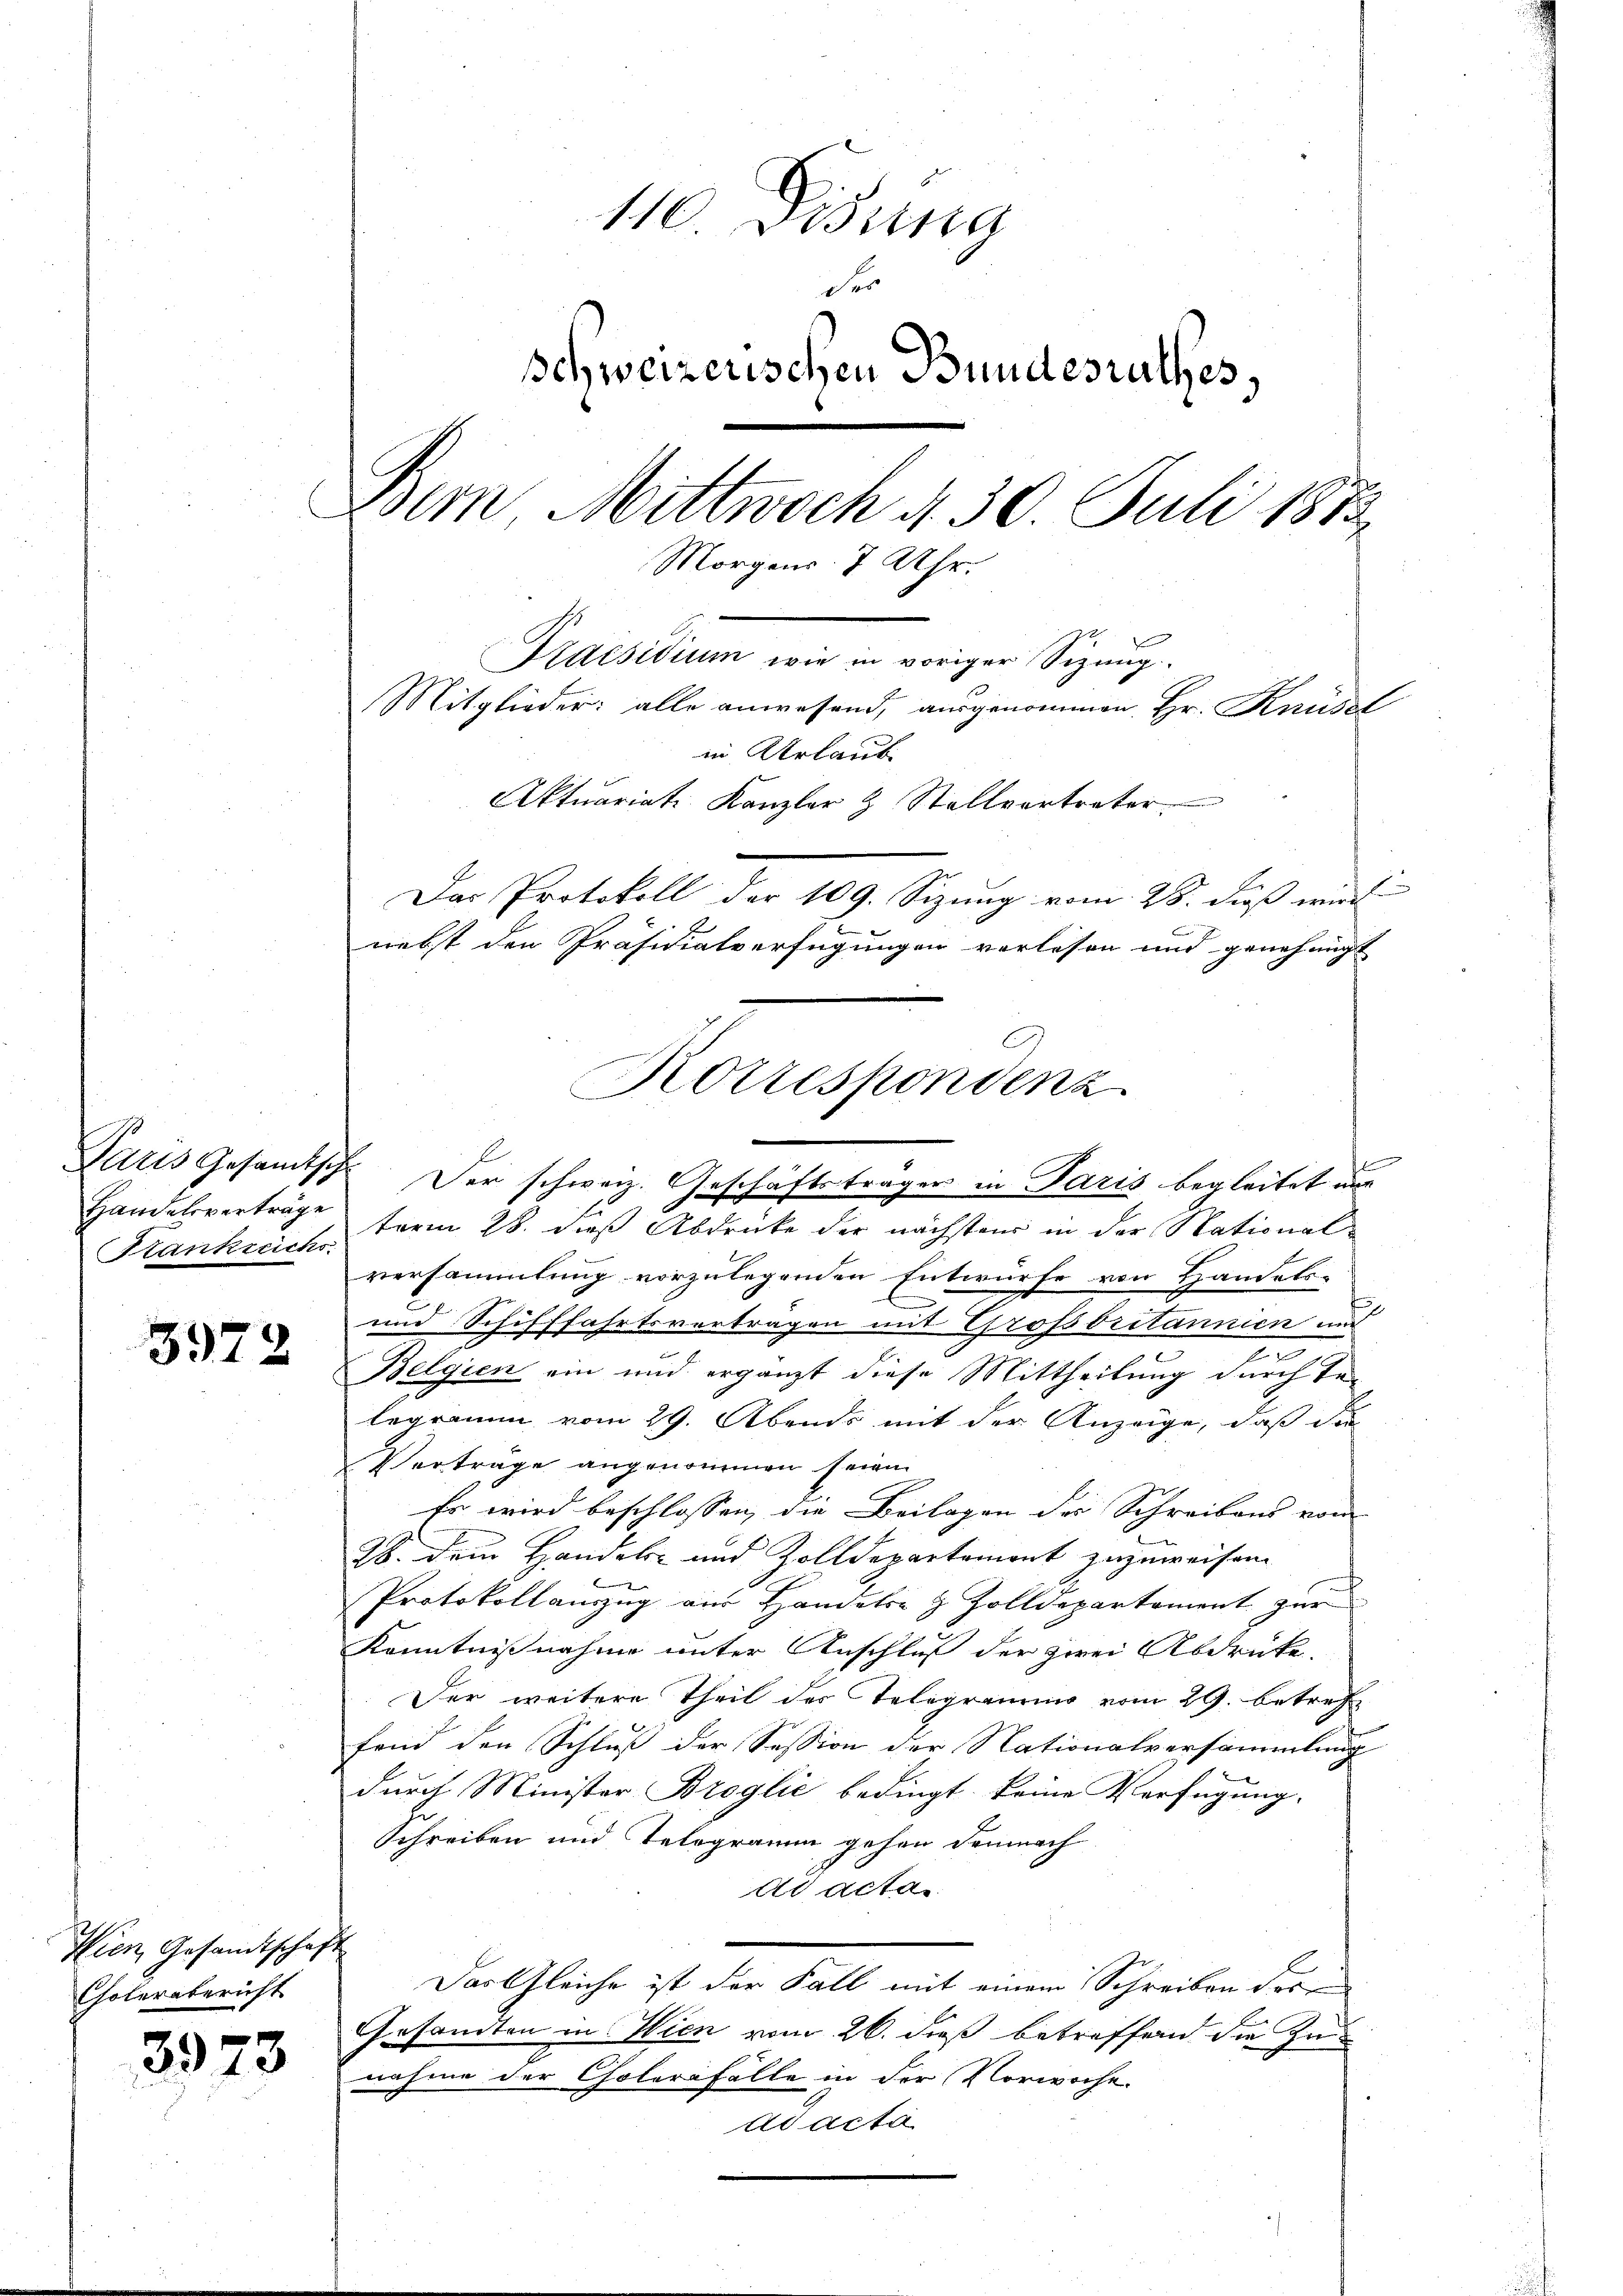
Handelsverträge
Stankreichs

5972

Wien Gesandtschaft
Cholerabericht

3973

110. Disung
der
schweizerischen Bundesrathes
3
Bern Mittwoch d. 30. Juli 1873.
Morgens 7 Uhr.
Praesidium wie in voriger Sizung.
Mitglieder: alle anwesend, ausgenommen. Hr. Knüsel
in Urlaub
Aktuariat Kanzler & Stellvertreter
Der Protokoll der 109. Sizung vom 28. dieß wird
nebst den Präsidialverfügungen verlesen und genehmigt |

term 28. dieß Abdrücke der nächsten in der Stationalversammlung vorzulegenden Entwurfe von Handels-
und Schifffahrtsvertragen mit Grossbritannien und
2
e
Belgien ein und ergänzt diese Mittheilung durch Telegramm vom 29. Abends mit der Anzeige, daß die
Verträge angenommen seien.
Er wird beschlossen, die Beilagen der Schreibens vom
28. Dem Handels- und Zolldepartemont zuzuweisen.
Protokollauszug aus Handels- & Zolldepartament zur
Kenntnißnahme unter Anschluß der zwei Abdrücke.
Der weitere Theil des Telegramms vom 29. betref
fend den Schluß der Session der Nationalversammlung
durch Minister Broglić bedingt keine Verfügung.
Schreiben und Telegramm gehen demnach
dd acta
Das Gleiche ist der Fall mit einem Schreiben deren
Gesamten in Wien vom 26. dieß betreffend die Zunahme der Cholerafälle in der Vorwoche.
ad acta

Korrespondenz
Paris Gesamtsch. Der schweiz. Geschäftsträger in Paris begleitet nur